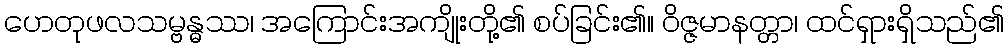
ဟေတုဖလသမ္ဗန္ဓဿ၊ အကြောင်းအကျိုးတို့၏ စပ်ခြင်း၏။ ဝိဇ္ဇမာနတ္တာ၊ ထင်ရှားရှိသည်၏